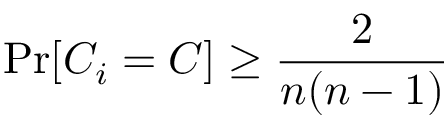
\operatorname* { P r } [ C _ { i } = C ] \geq { \frac { 2 } { n ( n - 1 ) } }